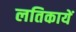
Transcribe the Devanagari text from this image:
लतिकायें